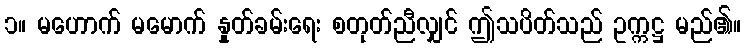
၁။ မဟောက် မမောက် နှုတ်ခမ်းရေး စတုတ်ညီလျှင် ဤသပိတ်သည် ဥက္ကဋ္ဌ မည်၏။